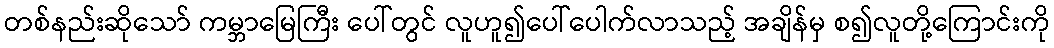
တစ်နည်းဆိုသော် ကမ္ဘာမြေကြီး ပေါ်တွင် လူဟူ၍ပေါ်ပေါက်လာသည့် အချိန်မှ စ၍လူတို့ကြောင်းကို